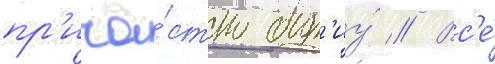
пр'ича́стно быт'иу́ // Вс'е́